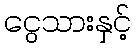
ငွေသားနှင့်